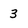
Character: 3